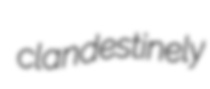
clandestinely